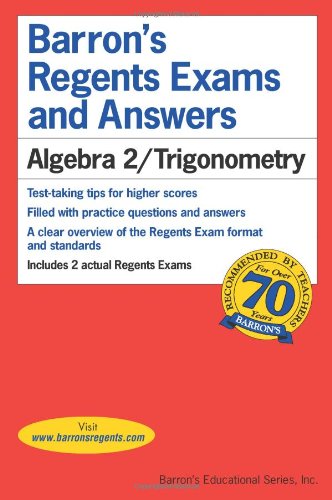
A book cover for Barron's Regents Exams and Answers: Algebra 2/Trigonometry (Barron's Regents Exams and Answers Books); Meg Clemens; Test Preparation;